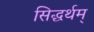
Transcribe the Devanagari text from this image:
सिद्धर्थम्